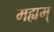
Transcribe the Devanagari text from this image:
मह्यम्